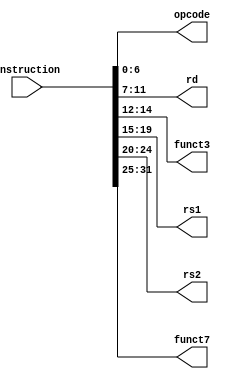
module instruction_parser (
    input [31: 0] instruction,
    output [ 6: 0] opcode,
    output [11: 7] rd,
    output [14:12] funct3,
    output [19:15] rs1,
    output [24:20] rs2,
    output [31:25] funct7

);
    
    assign opcode = instruction [ 6: 0];
    assign rd     = instruction [11: 7];
    assign funct3 = instruction [14:12];
    assign rs1    = instruction [19:15];
    assign rs2    = instruction [24:20];
    assign funct7 = instruction [31:25];


endmodule